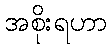
အစိုးရဟာ